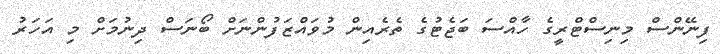
ފިނޭންސް މިނިސްޓްރީގެ ހާއްސަ ބަޖެޓުގެ ތެރެއިން މުވައްޒަފުންނަށް ބޯނަސް ދިނުމަށް މި އަހަރު